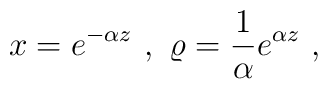
x=e^{-\alpha z}\ ,\ \varrho={1 \over \alpha} e^{\alpha z} \ ,